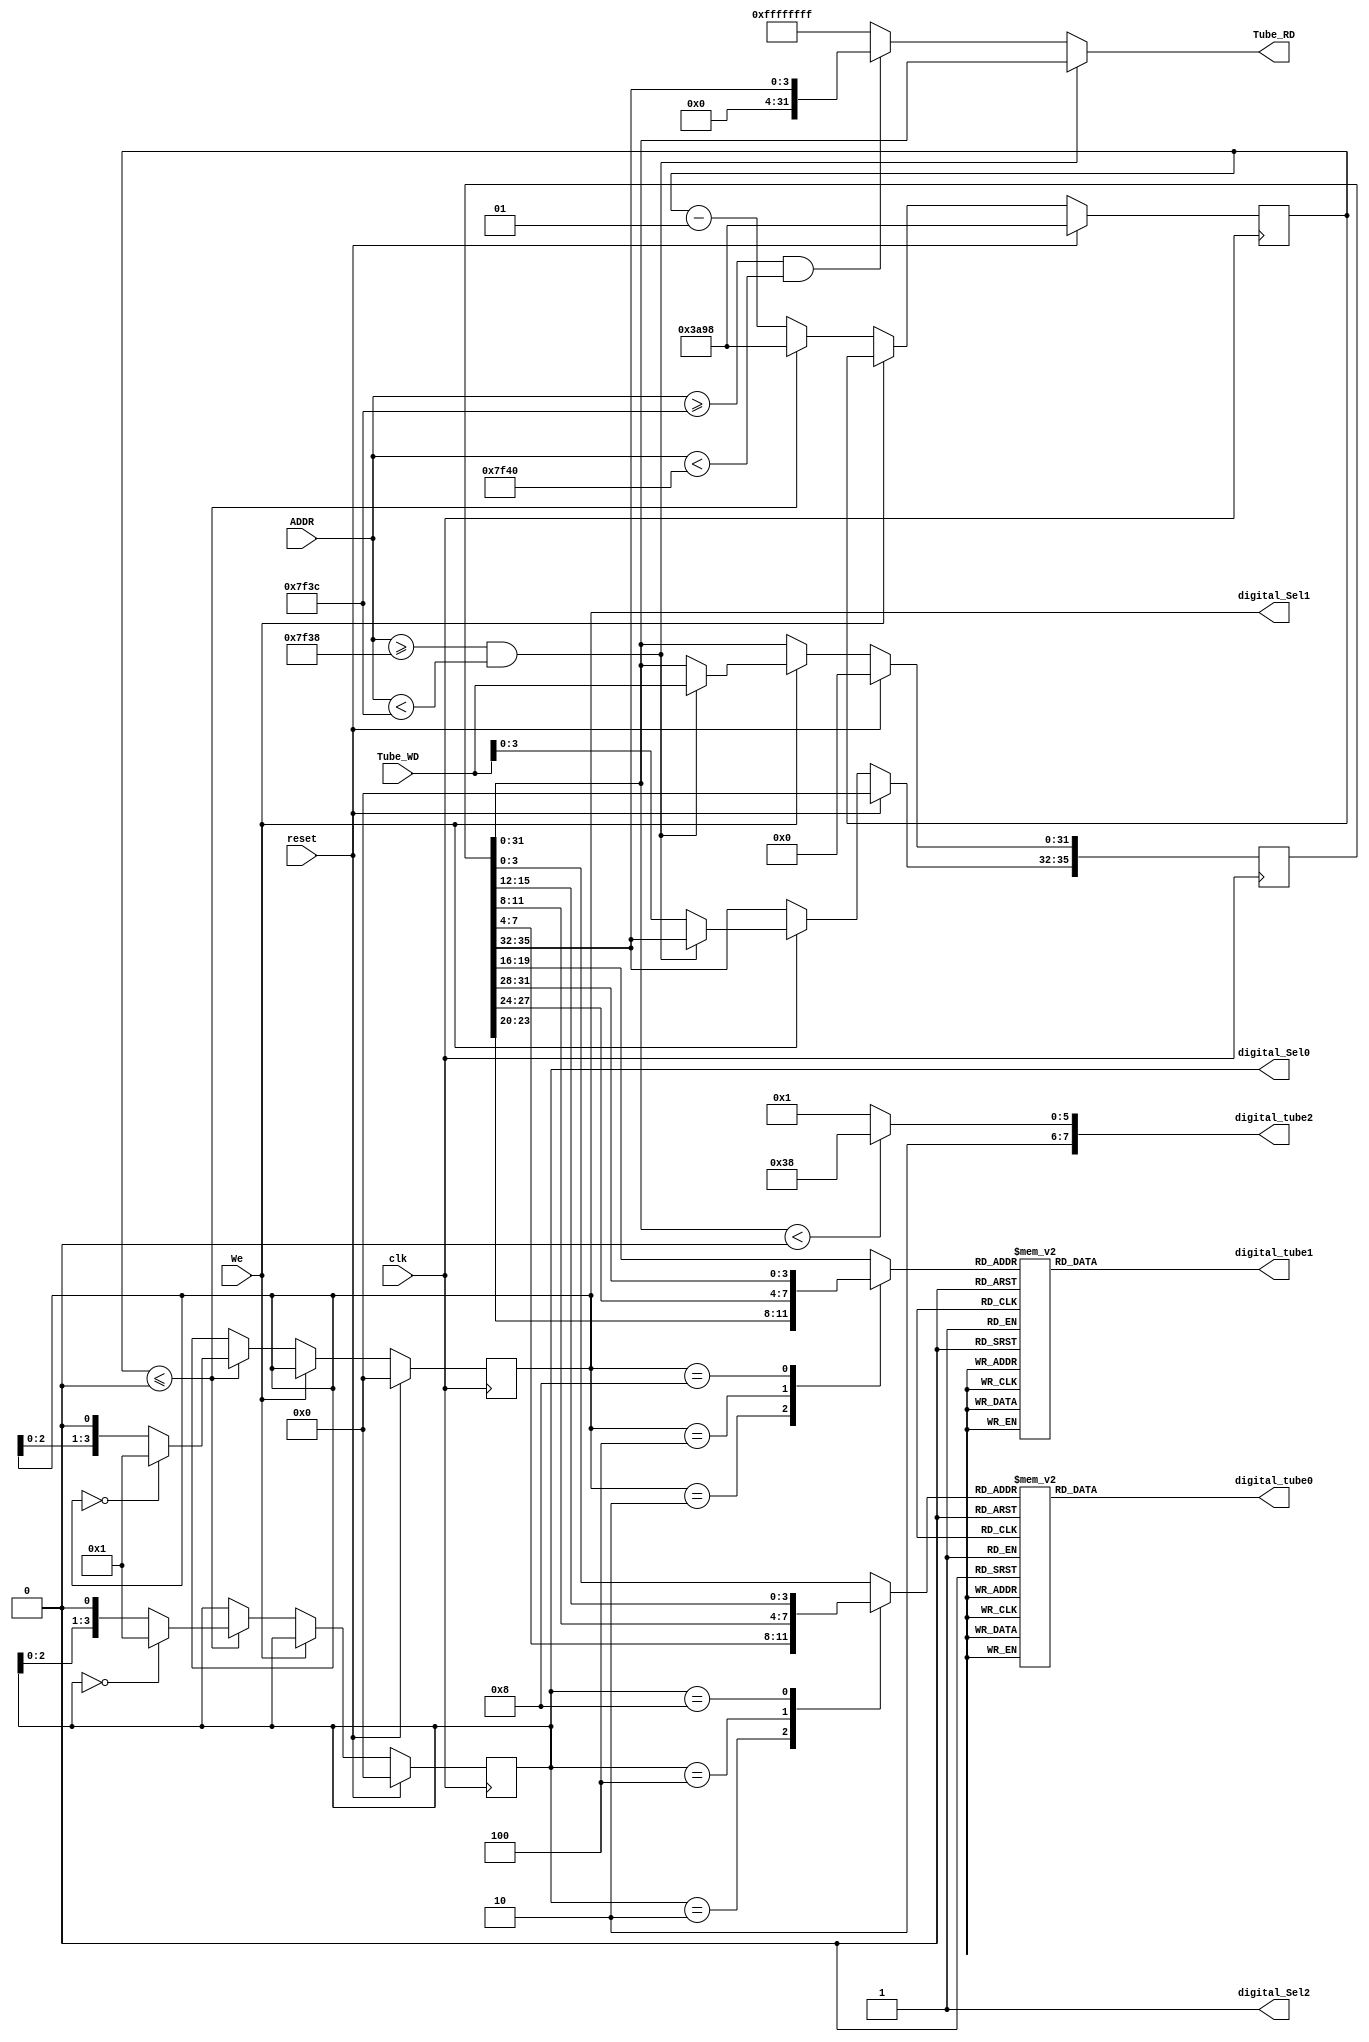
module Tube(clk,reset,We,ADDR,Tube_WD,digital_tube0,digital_tube1,digital_tube2,digital_Sel0,digital_Sel1,digital_Sel2,Tube_RD);
//input     
    input clk;
    input reset;

    input We;

    input [31:0] ADDR;
    input [31:0] Tube_WD;

//output
    output reg [7:0] digital_tube0;
    output reg [7:0] digital_tube1;
    output reg [7:0] digital_tube2;

    output [3:0] digital_Sel0;
    output [3:0] digital_Sel1;
    output digital_Sel2;

    output reg [31:0] Tube_RD;

//dynamic display logic
    parameter cnt_val=32'd15000,
              zero=8'b10000001,     //common anode
               one=8'b11001111,
               two=8'b10010010,
             three=8'b10000110,
              four=8'b11001100,
              five=8'b10100100,
               six=8'b10100000,
             seven=8'b10001111,
             eight=8'b10000000,
              nine=8'b10000100,
                 A=8'b10001000,
                 B=8'b11100000,
                 C=8'b10110001,
                 D=8'b11000010,
                 E=8'b10110000,
                 F=8'b10111000,
             minus=8'b11111110;
    
    reg [3:0] Sel0,Sel1;              //which sub-tube to be lightened
    reg [3:0] data0,data1,data2;      //the data to display

    reg [35:0] data;

    integer count;

//Tube_Sel
    assign digital_Sel0=Sel0;
    assign digital_Sel1=Sel1;
    assign digital_Sel2=1;

//tube0
    always @(*)
        begin
        //select data to display
            data0=data[3:0];
            case(Sel0)
                4'b0001:data0=data[3:0];
                4'b0010:data0=data[7:4];
                4'b0100:data0=data[11:8];
                4'b1000:data0=data[15:12];
            endcase
        //decode data to display
            digital_tube0=zero;
            case(data0)
                0:digital_tube0=zero;
                1:digital_tube0=one;
                2:digital_tube0=two;
                3:digital_tube0=three;
                4:digital_tube0=four;
                5:digital_tube0=five;
                6:digital_tube0=six;
                7:digital_tube0=seven;
                8:digital_tube0=eight;
                9:digital_tube0=nine;
                10:digital_tube0=A;
                11:digital_tube0=B;
                12:digital_tube0=C;
                13:digital_tube0=D;
                14:digital_tube0=E;
                15:digital_tube0=F;
            endcase
        end
//tube1
    always @(*)
        begin
        //select data to display
            data1=data[19:16];
            case(Sel1)
                4'b0001:data1=data[19:16];
                4'b0010:data1=data[23:20];
                4'b0100:data1=data[27:24];
                4'b1000:data1=data[31:28];
            endcase
        //decode data to display
            digital_tube1=zero;
            case(data1)
                0:digital_tube1=zero;
                1:digital_tube1=one;
                2:digital_tube1=two;
                3:digital_tube1=three;
                4:digital_tube1=four;
                5:digital_tube1=five;
                6:digital_tube1=six;
                7:digital_tube1=seven;
                8:digital_tube1=eight;
                9:digital_tube1=nine;
                10:digital_tube1=A;
                11:digital_tube1=B;
                12:digital_tube1=C;
                13:digital_tube1=D;
                14:digital_tube1=E;
                15:digital_tube1=F;
            endcase
        end

//tube2
    always @(*)
        begin
            data2=data[35:32];
			if($signed(data[31:0])<0)digital_tube2=F;
			else digital_tube2=zero;
        end

//Tube_RD
    always @(*)
        begin
            if(ADDR>=32'h0000_7f38&&ADDR<32'h0000_7f3c)Tube_RD=data[31:0];
            else if(ADDR>=32'h0000_7f3c&&ADDR<32'h0000_7f40)Tube_RD={28'd0,data[35:32]};
            else Tube_RD=-1;
        end

//count down logic
    always @(posedge clk)
        begin
            if(reset)
                begin
                    data<=35'b0;
                    Sel0<=0;
                    Sel1<=0;
                    count<=cnt_val;  	//10ns per cycle so count for 100000 to meet 1ms
                end
            else if(We)
                begin
                    if(ADDR>=32'h0000_7f38&&ADDR<32'h0000_7f3c)data[31:0]<=Tube_WD;
                    else data[35:32]<=Tube_WD[3:0];
                end
            else if(count<=0)
                begin
                    count<=cnt_val;
                    if(Sel0==0)Sel0<=1;
                    else Sel0<=Sel0<<1;
                    if(Sel1==0)Sel1<=1;
                    else Sel1<=Sel1<<1;
                end
            else count<=count-1;
        end

endmodule